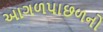
આગળપાછળનો